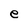
Character: e